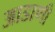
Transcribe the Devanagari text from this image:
आडाणी